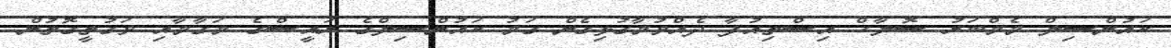
ކައުންސިލް މެމްބަރު ސޮލާހް އިސްތިއުފާ ދެއްވުމާގުޅިގެން ގަމު ކައުންސިލްގެ ރައީސްގެ މަގާމާއި ވަގުތީގޮތުން